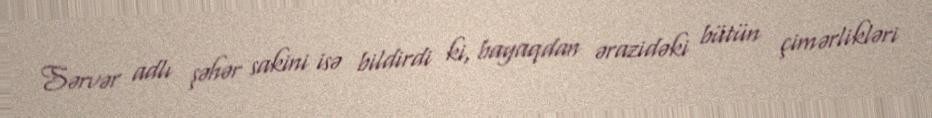
Sərvər adlı şəhər sakini isə bildirdi ki, bayaqdan ərazidəki bütün çimərlikləri